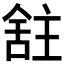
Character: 𫇕